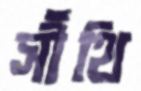
সীঁথি